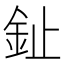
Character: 䤠